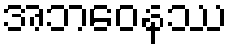
အဘဝေနဿ